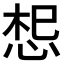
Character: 𭜷